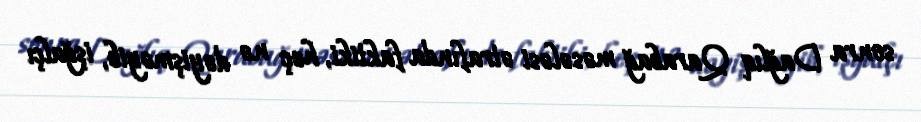
sonra Dağlıq Qarabağ məsələsi ətrafında faktiki, heç nə dəyişməyib, işğalçı